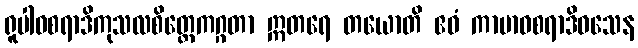
ရူပါဝစရာဒိကုသလစိတ္တေကဂ္ဂတာ ဣတရေ တယောတိ ဧဝံ ကာမာဝစရာဒိဝသေန